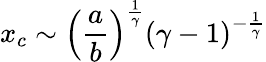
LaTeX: x_{c}\sim\left(\frac{a}{b}\right)^{\frac{1}{\gamma}}(\gamma-1)^{-\frac{1}{\gamma}}